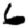
Digit: 6